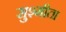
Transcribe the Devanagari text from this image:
सुश्मीता